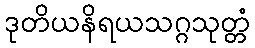
ဒုတိယနိရယသဂ္ဂသုတ္တံ